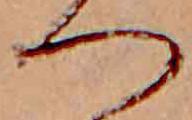
つ